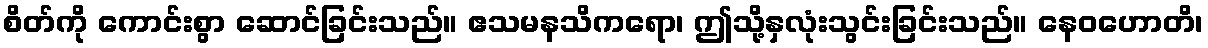
စိတ်ကို ကောင်းစွာ ဆောင်ခြင်းသည်။ ဧသမနသိကရော၊ ဤသို့နှလုံးသွင်းခြင်းသည်။ နေဝဟောတိ၊